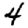
Digit: 4